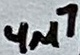
Text: 4µ7